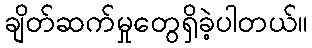
ချိတ်ဆက်မှုတွေရှိခဲ့ပါတယ်။